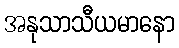
အနုသာသီယမာနော